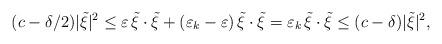
LaTeX: \begin{align*}(c - \delta/2) |\tilde{\xi}|^2 \leq \varepsilon \, \tilde{\xi} \cdot \tilde{\xi} + (\varepsilon_k - \varepsilon) \, \tilde{\xi} \cdot \tilde{\xi} = \varepsilon_k \, \tilde{\xi} \cdot \tilde{\xi} \leq (c- \delta) |\tilde{\xi}|^2,\end{align*}